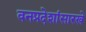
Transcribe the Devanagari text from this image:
वनप्रदेशांसारखे